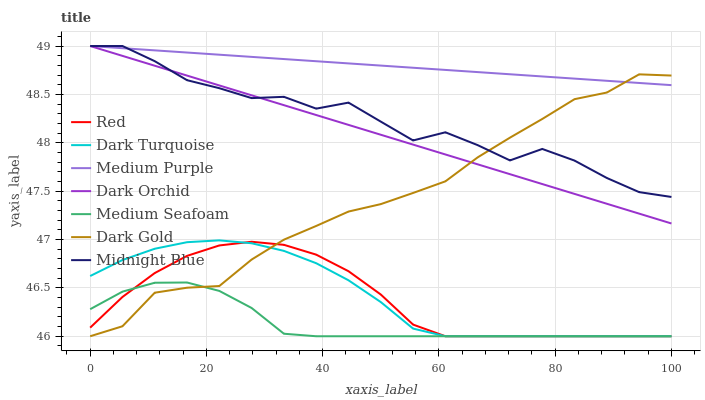
| xaxis_label | Red | Dark Turquoise | Medium Purple | Dark Orchid | Medium Seafoam | Dark Gold | Midnight Blue |
 | --- | --- | --- | --- | --- | --- | --- | --- |
 | 0 | 46.1 | 46.6 | 49 | 49 | 46.3 | 46 | 49 |
 | 5.56 | 46.4 | 46.8 | 49 | 48.9 | 46.5 | 46.1 | 49 |
 | 11.1 | 46.7 | 46.9 | 49 | 48.8 | 46.6 | 46.5 | 48.8 |
 | 16.7 | 46.8 | 47 | 48.9 | 48.7 | 46.6 | 46.5 | 48.6 |
 | 22.2 | 46.9 | 47 | 48.9 | 48.6 | 46.5 | 46.5 | 48.6 |
 | 27.8 | 47 | 47 | 48.9 | 48.5 | 46.3 | 46.8 | 48.5 |
 | 33.3 | 46.9 | 46.9 | 48.9 | 48.4 | 46 | 47 | 48.5 |
 | 38.9 | 46.8 | 46.8 | 48.8 | 48.3 | 46 | 47.1 | 48.4 |
 | 44.4 | 46.7 | 46.6 | 48.8 | 48.2 | 46 | 47.3 | 48.4 |
 | 50 | 46.4 | 46.4 | 48.8 | 48.1 | 46 | 47.4 | 48.2 |
 | 55.6 | 46.1 | 46.1 | 48.8 | 48 | 46 | 47.5 | 48 |
 | 61.1 | 46 | 46 | 48.8 | 47.9 | 46 | 47.6 | 48.1 |
 | 66.7 | 46 | 46 | 48.7 | 47.8 | 46 | 47.8 | 48 |
 | 72.2 | 46 | 46 | 48.7 | 47.7 | 46 | 48.1 | 47.8 |
 | 77.8 | 46 | 46 | 48.7 | 47.6 | 46 | 48.2 | 47.9 |
 | 83.3 | 46 | 46 | 48.7 | 47.5 | 46 | 48.5 | 47.8 |
 | 88.9 | 46 | 46 | 48.6 | 47.4 | 46 | 48.5 | 47.6 |
 | 94.4 | 46 | 46 | 48.6 | 47.3 | 46 | 48.7 | 47.5 |
 | 100 | 46 | 46 | 48.6 | 47.2 | 46 | 48.7 | 47.4 |